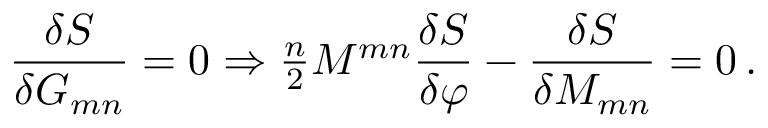
\frac { \delta S } { \delta G _ { m n } } = 0 \Rightarrow { \textstyle \frac { n } { 2 } } { \cal M } ^ { m n } \frac { \delta S } { \delta \varphi } - \frac { \delta S } { \delta { \cal M } _ { m n } } = 0 \, .